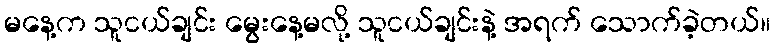
မနေ့က သူငယ်ချင်း မွေးနေ့မလို့ သူငယ်ချင်းနဲ့ အရက် သောက်ခဲ့တယ်။